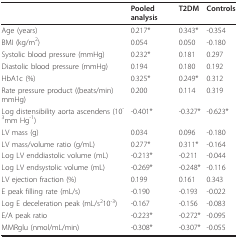
<table><thead><tr><td></td><td><b>Pooled analysis</b></td><td><b>T2DM</b></td><td><b>Controls</b></td></tr></thead><tbody><tr><td>Age (years)</td><td>0.217*</td><td>0.343*</td><td>-0.354</td></tr><tr><td>BMI (kg/m<sup>2</sup>)</td><td>0.054</td><td>0.050</td><td>-0.180</td></tr><tr><td>Systolic blood pressure (mmHg)</td><td>0.232*</td><td>0.181</td><td>0.297</td></tr><tr><td>Diastolic blood pressure (mmHg)</td><td>0.194</td><td>0.180</td><td>0.192</td></tr><tr><td>HbA1c (%)</td><td>0.325*</td><td>0.249*</td><td>0.312</td></tr><tr><td>Rate pressure product ((beats/min)mmHg)</td><td>0.200</td><td>0.114</td><td>0.319</td></tr><tr><td>Log distensibility aorta ascendens (10<sup>-3</sup>mm Hg<sup>-1</sup>)</td><td>-0.401*</td><td>-0.327*</td><td>-0.623*</td></tr><tr><td>LV mass (g)</td><td>0.034</td><td>0.096</td><td>-0.180</td></tr><tr><td>LV mass/volume ratio (g/mL)</td><td>0.277*</td><td>0.311*</td><td>-0.164</td></tr><tr><td>Log LV enddiastolic volume (mL)</td><td>-0.213*</td><td>-0.211</td><td>-0.044</td></tr><tr><td>Log LV endsystolic volume (mL)</td><td>-0.269*</td><td>-0.248*</td><td>-0.116</td></tr><tr><td>LV ejection fraction (%)</td><td>0.199</td><td>0.161</td><td>0.343</td></tr><tr><td>E peak filling rate (mL/s)</td><td>-0.190</td><td>-0.193</td><td>-0.022</td></tr><tr><td>Log E deceleration peak (mL/s<sup>2</sup>10<sup>-3</sup>)</td><td>-0.167</td><td>-0.156</td><td>-0.083</td></tr><tr><td>E/A peak ratio</td><td>-0.223*</td><td>-0.272*</td><td>-0.095</td></tr><tr><td>MMRglu (nmol/mL/min)</td><td>-0.308*</td><td>-0.307*</td><td>-0.055</td></tr></tbody></table>